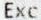
EXC